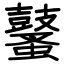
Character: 鼜